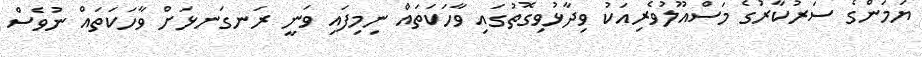
ޔަމަންގެ ސަރުކާރުގެ މަސްއޫލުވެރިއަކު ވިދާޅުވިގޮތުގައި ވާހަކަތައް ނިމިފައި ވަނީ ރަނގަނޅަށް ވާހަކަތައް ނުވެސް